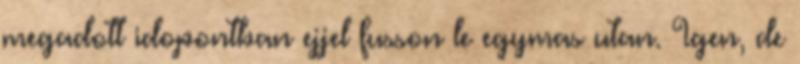
megadott idopontban ejjel fusson le egymas utan. Igen, de